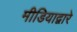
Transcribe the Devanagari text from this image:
मीडियाद्वारे